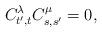
LaTeX: \begin{align*} C_{t',t}^{\lambda}C_{s,s'}^{\mu}=0, \end{align*}